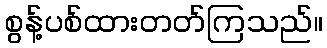
စွန့်ပစ်ထားတတ်ကြသည်။